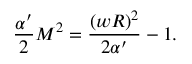
\frac { \alpha ^ { \prime } } 2 M ^ { 2 } = \frac { ( w R ) ^ { 2 } } { 2 \alpha ^ { \prime } } - 1 .